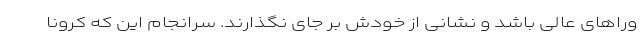
وراهای عالی باشد و نشانی از خودش بر جای نگذارند. سرانجام این که کرونا